Civil Veterinary Dept. Bombay admin report 1900-1906 - 1900-1906
Year: 1900
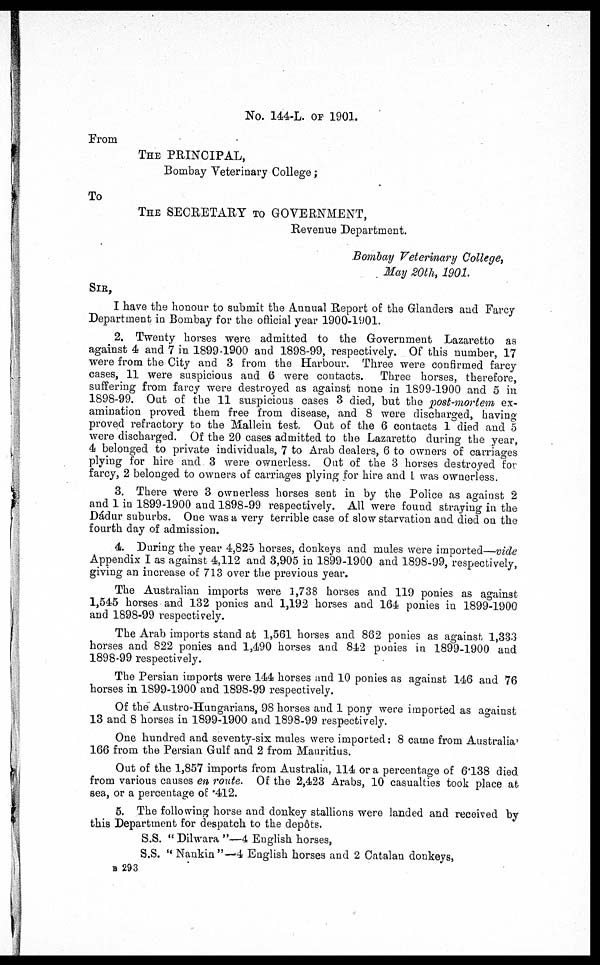
No. 144-L. OF 1901.
From
THE PRINCIPAL,
Bombay Veterinary College;
To
THE SECRETARY TO GOVERNMENT,
Revenue Department.
Bombay Veterinary College,
May 20th, 1901.
SIR,
I have the honour to submit the Annual Report of the Glanders and Farcy
Department in Bombay for the official year 1900-1901.
2. Twenty horses were admitted to the Government Lazaretto as
against 4 and 7 in 1899-1900 and 1898-99, respectively. Of this number, 17
were from the City and 3 from the Harbour. Three were confirmed farcy
cases, 11 were suspicious and 6 were contacts.
Three horses, therefore,
suffering from farcy were destroyed as against none in 1899-1900 and 5 in
1898-99. Out of the 11 suspicious cases 3 died, but the post-mortem ex-
amination proved them free from disease, and 8 were discharged, having
proved refractory to the Mallein test. Out of the 6 contacts 1 died and 5
were discharged. Of the 20 cases admitted to the Lazaretto during the year,
4 belonged to private individuals, 7 to Arab dealers, 6 to owners of carriages
plying for hire and 3 were ownerless. Out of the 3 horses destroyed for
farcy, 2 belonged to owners of carriages plying for hire and 1 was ownerless.
3. There were 3 ownerless horses sent in by the Police as against 2
and 1 in 1899-1900 and 1898-99 respectively. All were found straying in the
Dádur suburbs. One was a very terrible case of slow starvation and died on the
fourth day of admission.
4. During the year 4,825 horses, donkeys and mules were imported—vide
Appendix I as against 4,112 and 3,905 in 1899-1900 and 1898-99, respectively,
giving an increase of 713 over the previous year.
The Australian imports were 1,738 horses and 119 ponies as against
1,545 horses and 132 ponies and 1,192 horses and 164 ponies in 1899-1900
and 1898-99 respectively.
The Arab imports stand at 1,561 horses and 862 ponies as against 1,333
horses and 822 ponies and 1,490 horses and 842 ponies in 1899-1900 and
1898-99 respectively.
The Persian imports were 144 horses and 10 ponies as against 146 and 76
horses in 1899-1900 and 1898-99 respectively.
Of the Austro-Hungarians, 98 horses and 1 pony were imported as against
13 and 8 horses in 1899-1900 and 1898-99 respectively.
One hundred and seventy-six mules were imported: 8 came from Australia'
166 from the Persian Gulf and 2 from Mauritius.
Out of the 1,857 imports from Australia, 114 or a percentage of 6.138 died
from various causes en route. Of the 2,423 Arabs, 10 casualties took place at
sea, or a percentage of .412.
5. The following horse and donkey stallions were landed and received by
this Department for despatch to the depôts.
S.S. "Dilwara "—4 English horses,
S.S. " Nankin"—4 English horses and 2 Catalan donkeys,
B 293